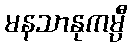
မနသာနုကမ္ပီ